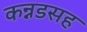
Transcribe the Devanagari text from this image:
कन्नडसह